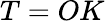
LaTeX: T=OK